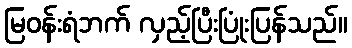
မြဝန်းရံဘက် လှည့်ပြီးပြုံးပြန်သည်။